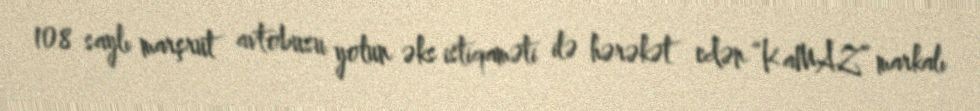
108 saylı marşrut avtobusu yolun əks istiqaməti ilə hərəkət edən “KaMAZ” markalı